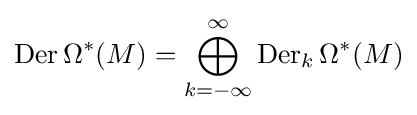
\mathrm {Der} \,\Omega ^{*}(M)=\bigoplus _{k=-\infty }^{\infty }\mathrm {Der} _{k}\,\Omega ^{*}(M)